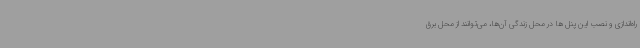
راه‌اندازی و نصب این پنل ها در محل زندگی آن‌ها، می‌توانند از محل برق